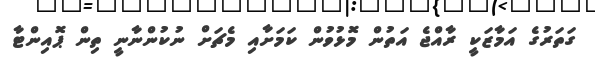
ގަތަރުގެ އަމާޒަކީ ރާއްޖެ އަތުން މޮޅުވުން ކަމަށާއި މެޗަށް ނުކުންނާނީ ތިން ޕޮއިންޓާ